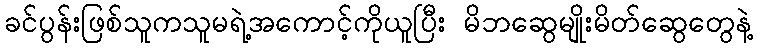
ခင်ပွန်းဖြစ်သူကသူမရဲ့အကောင့်ကိုယူပြီး မိဘဆွေမျိုးမိတ်ဆွေတွေနဲ့